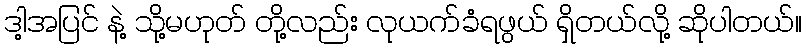
ဒါ့အပြင် နဲ့ သို့မဟုတ် တို့လည်း လုယက်ခံရဖွယ် ရှိတယ်လို့ ဆိုပါတယ်။